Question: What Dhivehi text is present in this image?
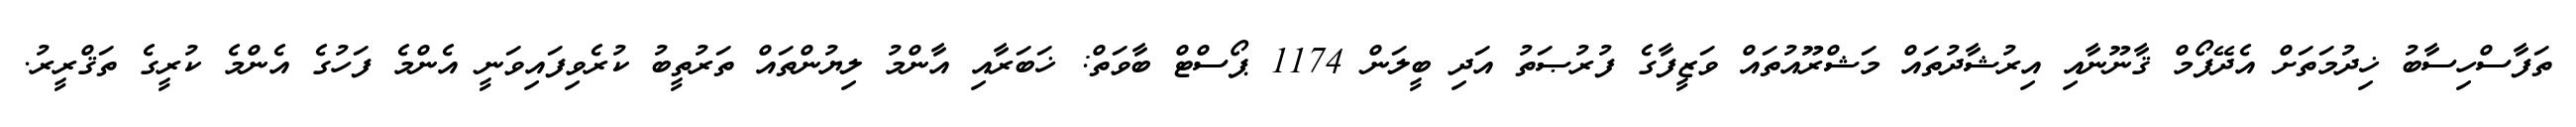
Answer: ތަފާސްހިސާބު ޚިދުމަތަށް އެދޭފޯމް ޤާނޫނާއި އިރުޝާދުތައް މަޝްރޫއުތައް ވަޒީފާގެ ފުރުޞަތު އަދި ބީލަން 1174 ޕޯސްޓް ބާވަތް: ޚަބަރާއި އާންމު ލިޔުންތައް ތަރުތީބު ކުރެވިފައިވަނީ އެންމެ ފަހުގެ އެންމެ ކުރީގެ ތަޤްރީރު.